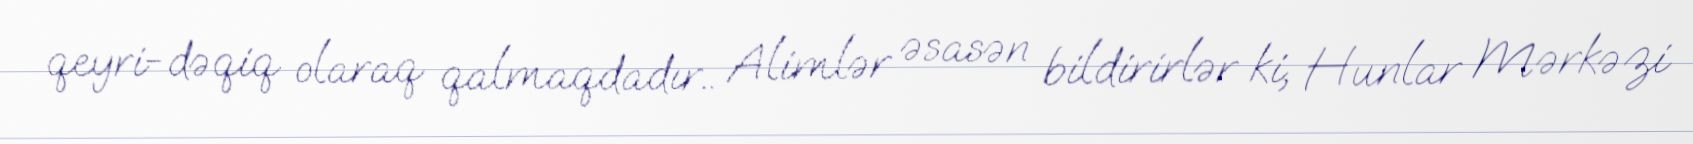
qeyri-dəqiq olaraq qalmaqdadır.. Alimlər əsasən bildirirlər ki, Hunlar Mərkəzi